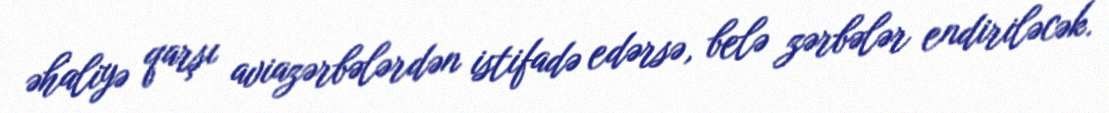
əhaliyə qarşı aviazərbələrdən istifadə edərsə, belə zərbələr endiriləcək.